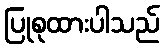
ပြုစုထားပါသည်